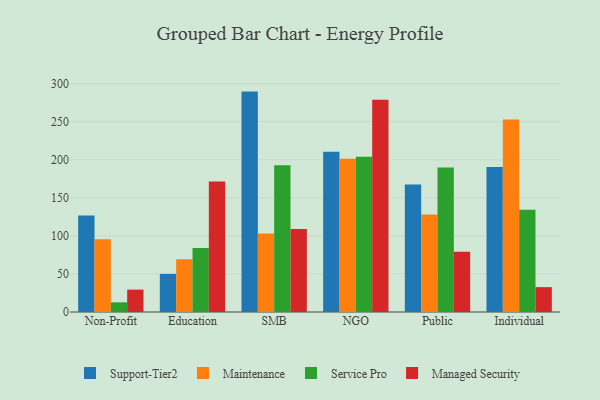
{"axis": {"x": "Segment", "y": "Budget (USD K)"}, "legend": ["Maintenance", "Managed Security", "Service Pro", "Support-Tier2"], "data": [{"x": "Non-Profit", "y": 126.9, "type": "Support-Tier2"}, {"x": "Non-Profit", "y": 95.6, "type": "Maintenance"}, {"x": "Non-Profit", "y": 12.7, "type": "Service Pro"}, {"x": "Non-Profit", "y": 29.4, "type": "Managed Security"}, {"x": "Education", "y": 50.1, "type": "Support-Tier2"}, {"x": "Education", "y": 69.2, "type": "Maintenance"}, {"x": "Education", "y": 84.2, "type": "Service Pro"}, {"x": "Education", "y": 171.6, "type": "Managed Security"}, {"x": "SMB", "y": 289.7, "type": "Support-Tier2"}, {"x": "SMB", "y": 103.1, "type": "Maintenance"}, {"x": "SMB", "y": 192.9, "type": "Service Pro"}, {"x": "SMB", "y": 109.2, "type": "Managed Security"}, {"x": "NGO", "y": 210.8, "type": "Support-Tier2"}, {"x": "NGO", "y": 201.3, "type": "Maintenance"}, {"x": "NGO", "y": 204.1, "type": "Service Pro"}, {"x": "NGO", "y": 278.9, "type": "Managed Security"}, {"x": "Public", "y": 167.5, "type": "Support-Tier2"}, {"x": "Public", "y": 128.3, "type": "Maintenance"}, {"x": "Public", "y": 189.8, "type": "Service Pro"}, {"x": "Public", "y": 79.1, "type": "Managed Security"}, {"x": "Individual", "y": 190.7, "type": "Support-Tier2"}, {"x": "Individual", "y": 253.0, "type": "Maintenance"}, {"x": "Individual", "y": 134.4, "type": "Service Pro"}, {"x": "Individual", "y": 32.7, "type": "Managed Security"}]}